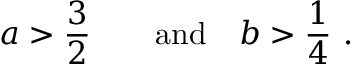
{ { a } } > { \frac { 3 } { 2 } } \qquad \mathrm { a n d } \quad { { b } } > { \frac { 1 } { 4 } } \ .